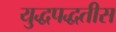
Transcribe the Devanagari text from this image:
युद्धपद्धतीस